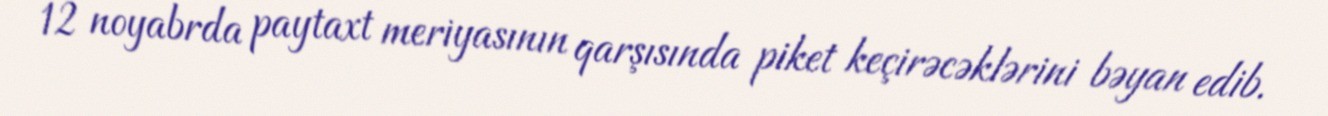
12 noyabrda paytaxt meriyasının qarşısında piket keçirəcəklərini bəyan edib.